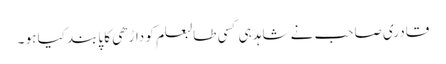
قادری صاحب نے شاہد ہی کسی طالبعلم کو داڑھی کا پابند کیا ہو ۔